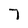
Character: 7